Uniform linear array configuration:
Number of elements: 24
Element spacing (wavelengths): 1
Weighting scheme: kaiser
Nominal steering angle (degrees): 60
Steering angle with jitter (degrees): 61.431
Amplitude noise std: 0.05
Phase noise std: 0.05

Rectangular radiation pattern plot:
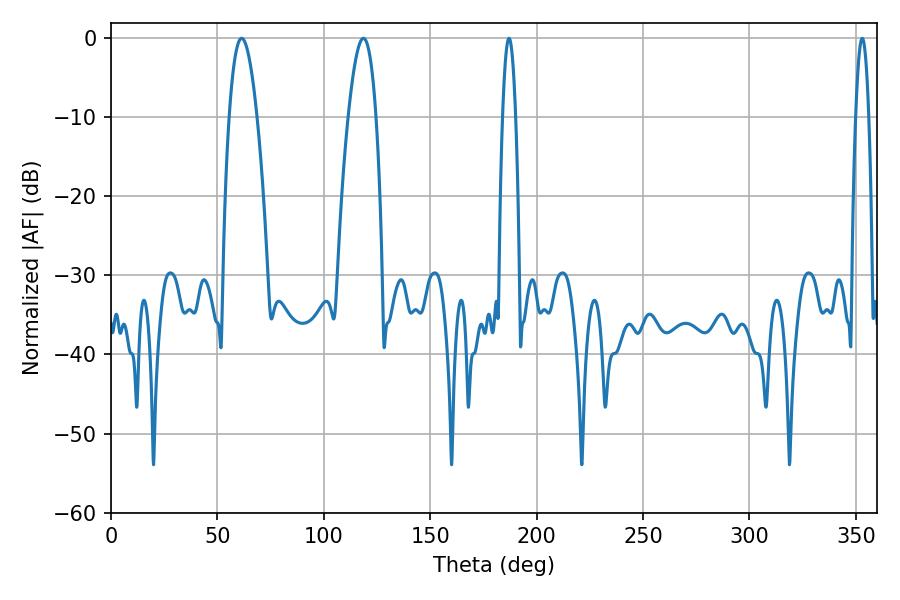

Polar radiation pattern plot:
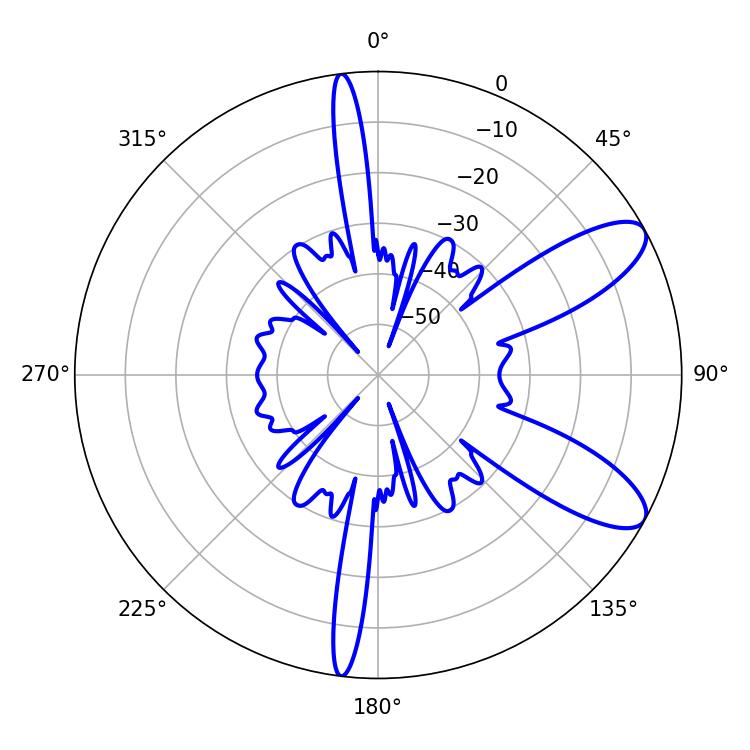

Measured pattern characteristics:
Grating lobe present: TRUE
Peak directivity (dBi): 9.547
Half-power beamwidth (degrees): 7.2
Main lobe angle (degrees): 61.38